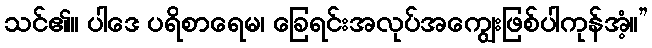
သင်၏။ ပါဒေ ပရိစာရေမ၊ ခြေရင်းအလုပ်အကျွေးဖြစ်ပါကုန်အံ့။”